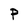
Character: p